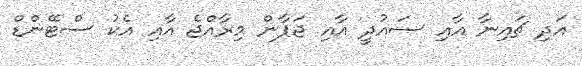
އަދި ޗައިނާ އާއި ސައުދީ އާއި ޖަޕާން މިރާއްޖެ އާއި އެކު ސްޓޭންޑް